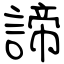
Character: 諦